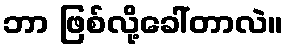
ဘာ ဖြစ်လို့ခေါ်တာလဲ။